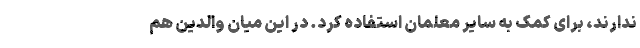
ندارند، برای کمک به سایر معلمان استفاده کرد. در این میان والدین هم